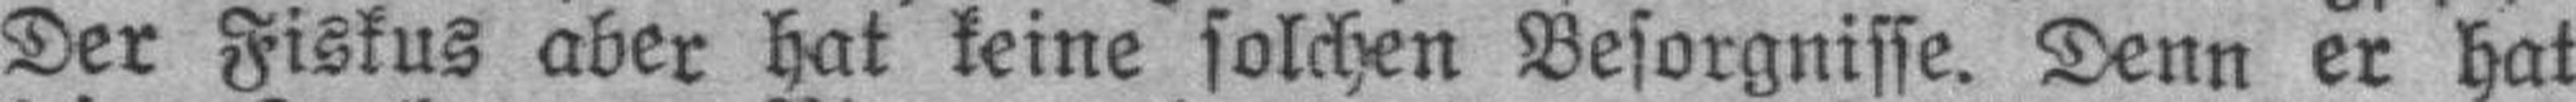
Der Fiskus aber hat keine solchen Besorgnisse. Denn er hat